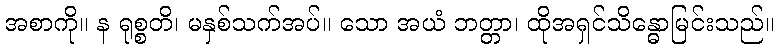
အစာကို။ န ရုစ္စတိ၊ မနှစ်သက်အပ်။ သော အယံ ဘတ္တာ၊ ထိုအရှင်သိန္ဓောမြင်းသည်။